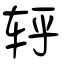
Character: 轷